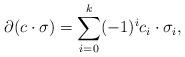
LaTeX: \begin{align*}\partial(c \cdot \sigma) = \sum_{i=0}^k (-1)^i c_i \cdot \sigma_i,\end{align*}